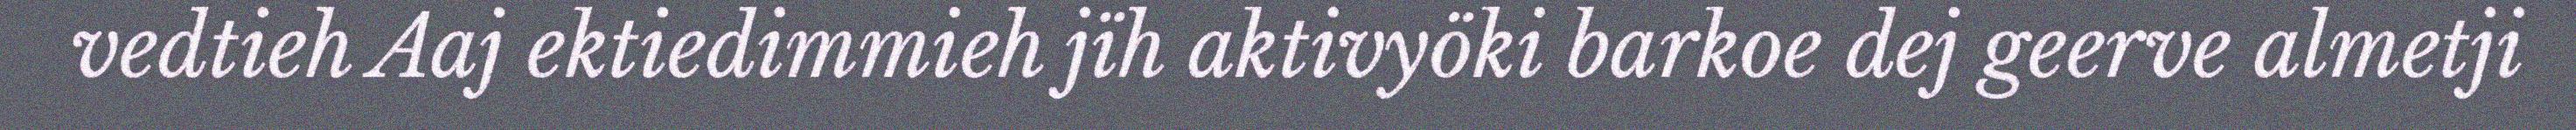
vedtieh Aaj ektiedimmieh jïh aktivyöki barkoe dej geerve almetji